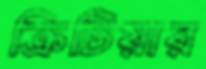
ক্রিটিয়ার